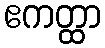
ဧကတ္ထာ